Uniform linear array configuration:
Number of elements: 24
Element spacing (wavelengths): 0.5
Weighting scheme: binomial
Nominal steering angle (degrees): -60
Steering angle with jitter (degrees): -60.498
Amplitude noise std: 0.05
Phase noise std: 0.05

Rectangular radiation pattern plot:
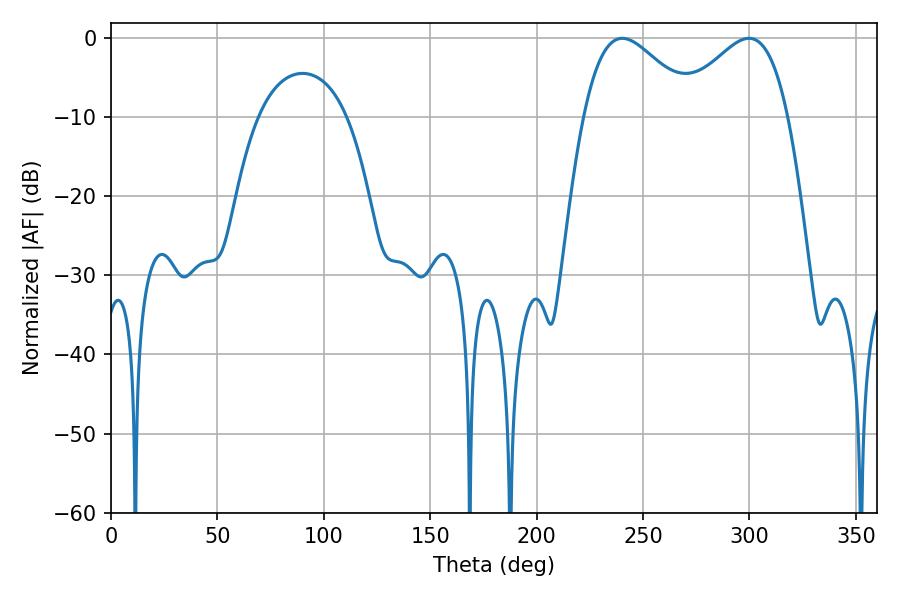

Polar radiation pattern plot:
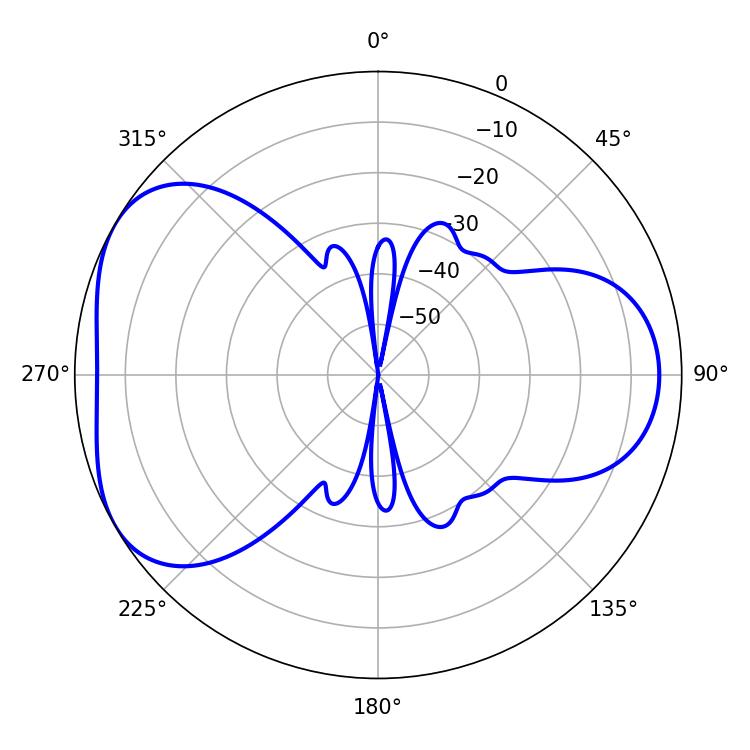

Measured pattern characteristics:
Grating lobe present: FALSE
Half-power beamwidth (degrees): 28.08
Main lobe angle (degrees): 240.3